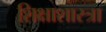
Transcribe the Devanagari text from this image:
शिक्षाशास्त्रा